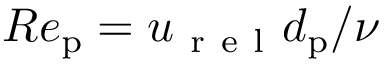
R e _ { \mathrm { p } } = u _ { \mathrm { ~ r ~ e ~ l ~ } } d _ { \mathrm { p } } / \nu